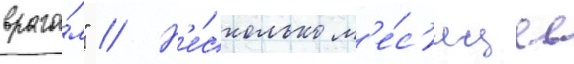
враго́м" // Н'е́сколько м'е́с'яцев